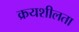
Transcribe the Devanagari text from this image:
क्रयशीलता